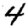
Digit: 4